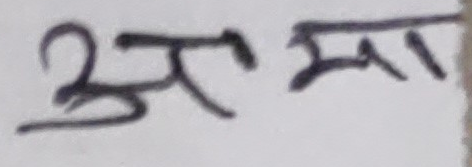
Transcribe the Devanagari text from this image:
अश्मा